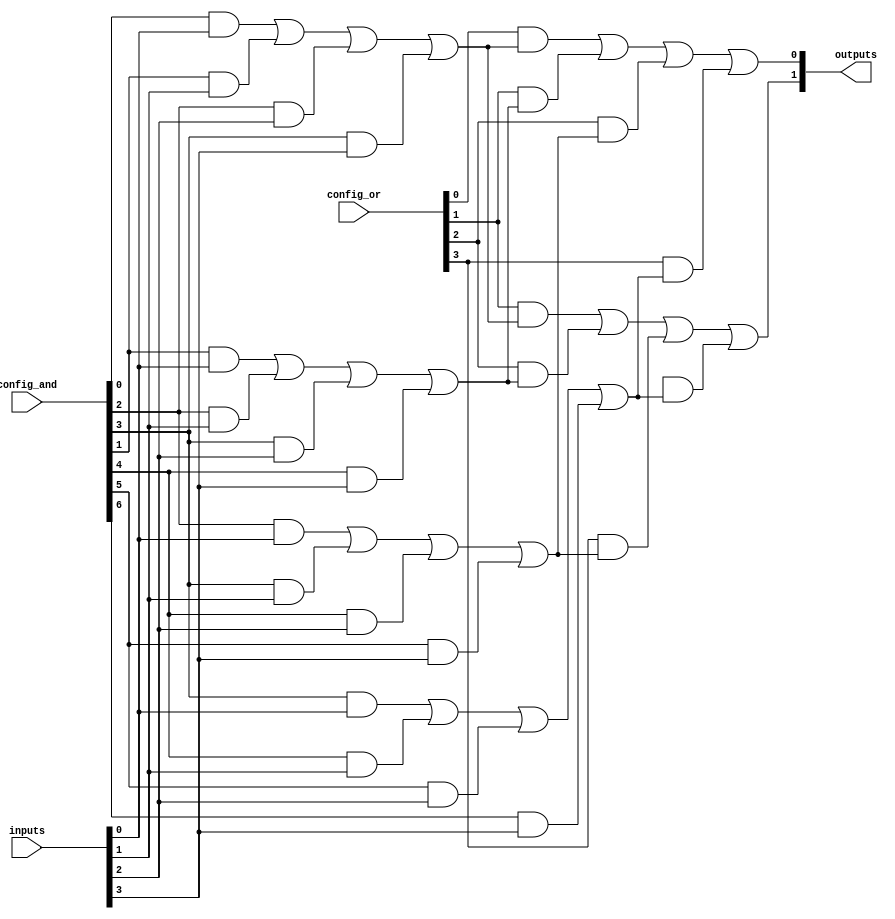
module CLB (
    input wire [N-1:0] inputs,      // N input signals
    input wire [M-1:0] config_and,   // Configuration for AND gates
    input wire [P-1:0] config_or,    // Configuration for OR gates
    output wire [O-1:0] outputs      // O output signals
);
    parameter N = 4; // Number of inputs
    parameter M = 8; // Number of AND gates
    parameter P = 4; // Number of OR gates
    parameter O = 2; // Number of outputs

    // Internal wires for AND gate outputs
    wire [M-1:0] and_out;

    // AND Plane: Implementing programmable AND gates
    genvar i;
    generate
        for (i = 0; i < M; i = i + 1) begin : and_plane
            assign and_out[i] = (config_and[i] & inputs[0]) |
                                 (config_and[i+1] & inputs[1]) |
                                 (config_and[i+2] & inputs[2]) |
                                 (config_and[i+3] & inputs[3]);
        end
    endgenerate

    // OR Plane: Implementing programmable OR gates
    genvar j;
    generate
        for (j = 0; j < O; j = j + 1) begin : or_plane
            assign outputs[j] = (config_or[j] & and_out[0]) |
                                (config_or[j+1] & and_out[1]) |
                                (config_or[j+2] & and_out[2]) |
                                (config_or[j+3] & and_out[3]);
        end
    endgenerate

endmodule